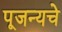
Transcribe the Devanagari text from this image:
पूजन्यचे